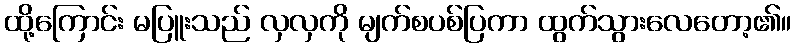
ထို့ကြောင်း မပြူးသည် လှလှကို မျက်စပစ်ပြကာ ထွက်သွားလေတော့၏။